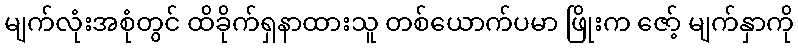
မျက်လုံးအစုံတွင် ထိခိုက်ရှနာထားသူ တစ်ယောက်ပမာ ဖြိုးက ဇော့် မျက်နှာကို